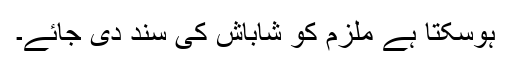
ہوسکتا ہے ملزم کو شاباش کی سند دی جائے۔